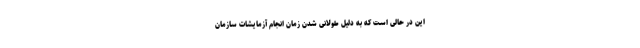
این در حالی است که به دلیل طولانی شدن زمان انجام آزمایشات سازمان